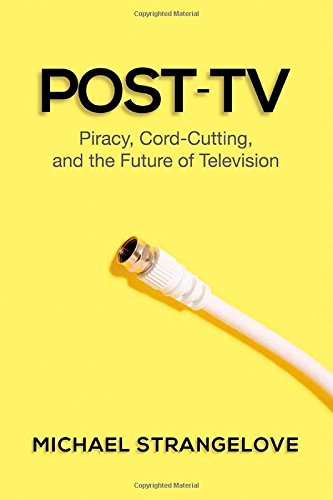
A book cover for Post-TV: Piracy, Cord-Cutting, and the Future of Television; Michael Strangelove; Business & Money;